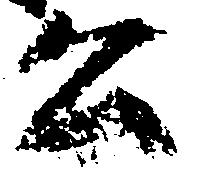
公